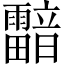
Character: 𩆢